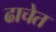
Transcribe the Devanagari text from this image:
ढाचेत